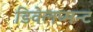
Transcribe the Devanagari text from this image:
डिवेलप्मन्ट